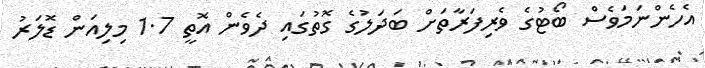
އެހެންނަމަވެސް ބޯޓުގެ ވެރިފަރާތަށް ބަދަލުގެ ގޮތުގައި ދެވެން އޮތީ 1.7 މިލިއަން ޑޮލަރު